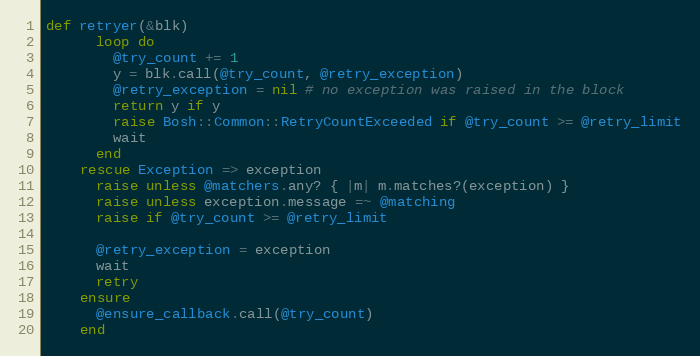
Language: Ruby
def retryer(&blk)
      loop do
        @try_count += 1
        y = blk.call(@try_count, @retry_exception)
        @retry_exception = nil # no exception was raised in the block
        return y if y
        raise Bosh::Common::RetryCountExceeded if @try_count >= @retry_limit
        wait
      end
    rescue Exception => exception
      raise unless @matchers.any? { |m| m.matches?(exception) }
      raise unless exception.message =~ @matching
      raise if @try_count >= @retry_limit

      @retry_exception = exception
      wait
      retry
    ensure
      @ensure_callback.call(@try_count)
    end